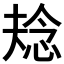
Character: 𭝌